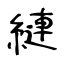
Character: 縺